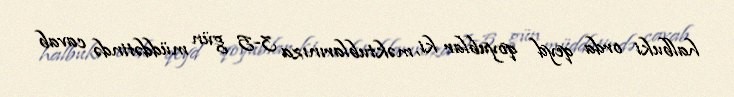
halbuki orda qeyd qoyublar ki, məktublarınıza 3-5 gün müddətində cavab